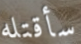
سأقتله